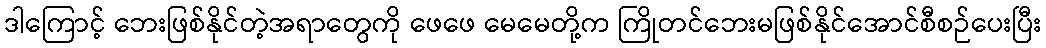
ဒါကြောင့် ဘေးဖြစ်နိုင်တဲ့အရာတွေကို ဖေဖေ မေမေတို့က ကြိုတင်ဘေးမဖြစ်နိုင်အောင်စီစဉ်ပေးပြီး